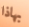
بهاذا